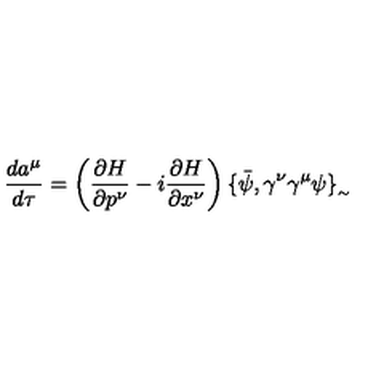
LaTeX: \frac { d a ^ { \mu } } { d \tau } = \left( \frac { \partial H } { \partial p ^ { \nu } } - i \frac { \partial H } { \partial x ^ { \nu } } \right) \{ \bar { \psi } , \gamma ^ { \nu } \gamma ^ { \mu } \psi \} _ { _ { \sim } }